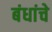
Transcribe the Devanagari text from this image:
बंधांचे